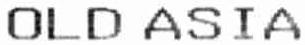
OLD ASIA